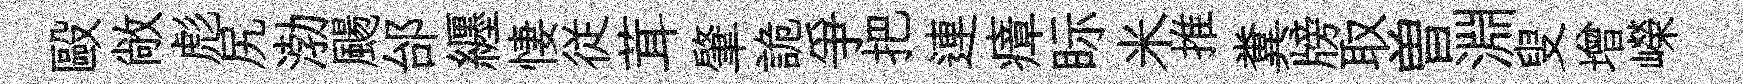
毆敞彪尻渤颺邰纒悽従茸肇詭爭把連瘴眎米推糞牓取曽淵叟增嶸